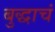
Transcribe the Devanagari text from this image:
बुद्धाचं